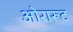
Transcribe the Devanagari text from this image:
ओरारूट